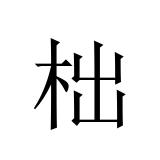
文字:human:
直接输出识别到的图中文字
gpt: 柮